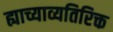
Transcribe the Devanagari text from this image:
ह्याच्याव्यतिरिक्त